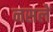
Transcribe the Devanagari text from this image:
नसलें